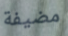
مضيفة